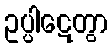
ဥပ္ပါဋေတွာ